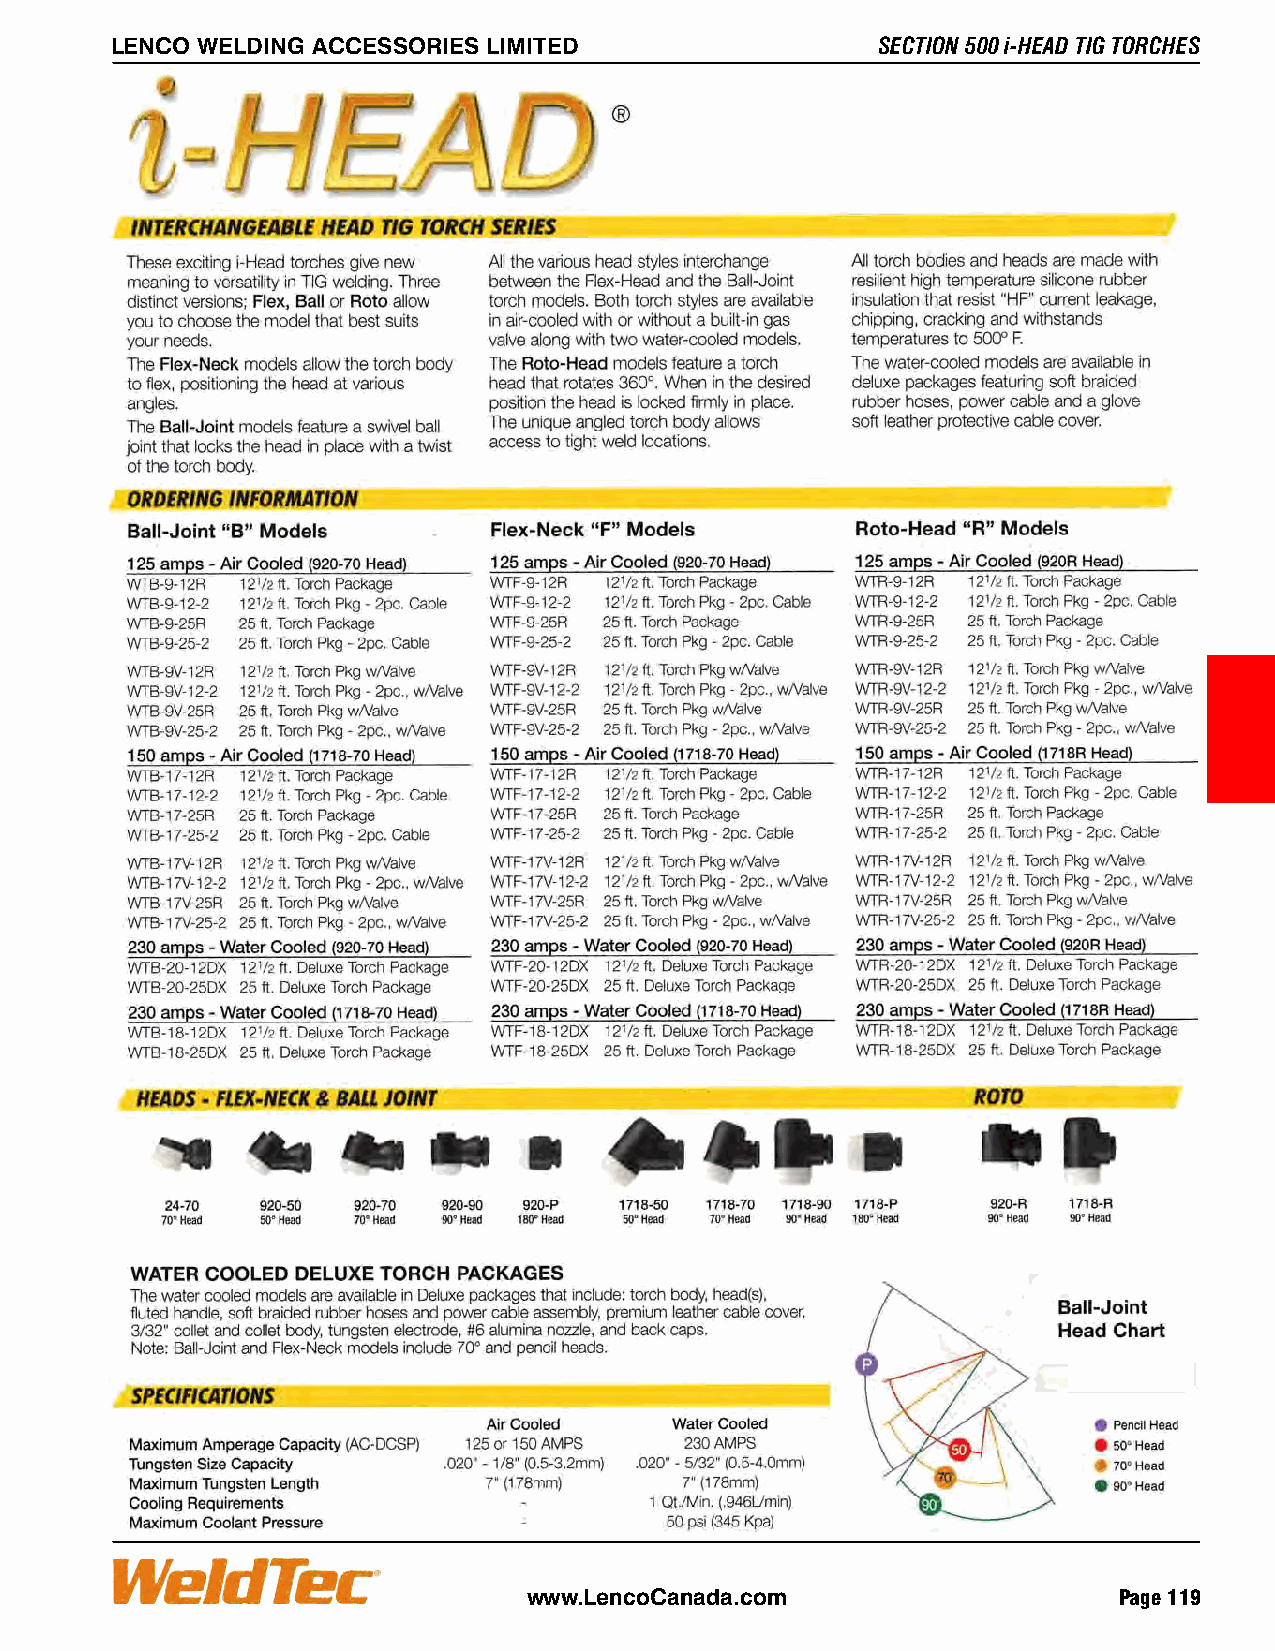
SECTION 500 i-HEAD TIG TORCHES LENCO WELDING ACCESSORIES LIMITED LENCO WELDING ACCESSORIES LIMITED SECTION 500 i-HEAD TIG TORCHES
 Page 118 www.LencoCanada.com       www.LencoCanada.com                    Page 119